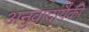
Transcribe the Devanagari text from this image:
अनुवादांपैकी